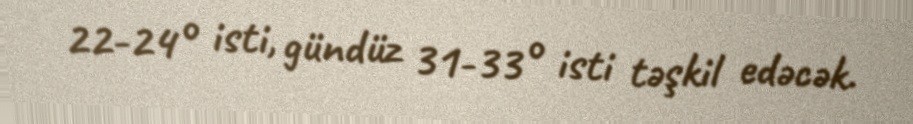
22-24° isti, gündüz 31-33° isti təşkil edəcək.